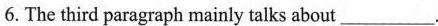
6. The third paragraph mainly talks about ___.